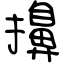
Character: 擤